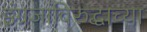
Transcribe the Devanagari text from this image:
इंग्रजांविरुद्धाच्या